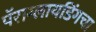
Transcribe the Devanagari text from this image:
पॅराग्लायडिंगचा